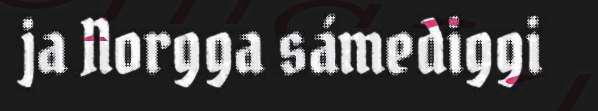
ja Norgga sámediggi